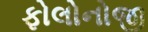
ફોલોનોજી